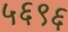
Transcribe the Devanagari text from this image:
५६९६